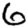
Digit: 6